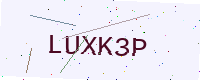
Text: LUXK3P